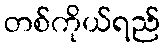
တစ်ကိုယ်ရည်